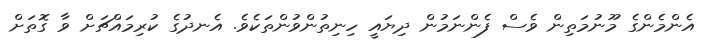
އެންމެންގެ މޫނުމަތިން ވެސް ފެންނަމުން ދިޔައީ ހިނިތުންވުންތަކެވެ. އެނދުގެ ކުރިމައްޗަށް ވާ ގޮތަށް